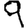
Digit: 9